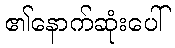
၏နောက်ဆုံးပေါ်